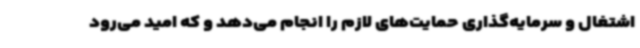
اشتغال و سرمایه‌گذاری حمایت‌های لازم را انجام می‌دهد و که امید می‌رود